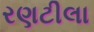
રણટીલા